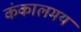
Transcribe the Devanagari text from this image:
कंकालमय